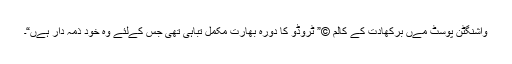
واشنگٹن پوسٹ مےں برکھادت کے کالم ©” ٹروڈو کا دورہ بھارت مکمل تباہی تھی جس کےلئے وہ خود ذمہ دار ہےں“۔